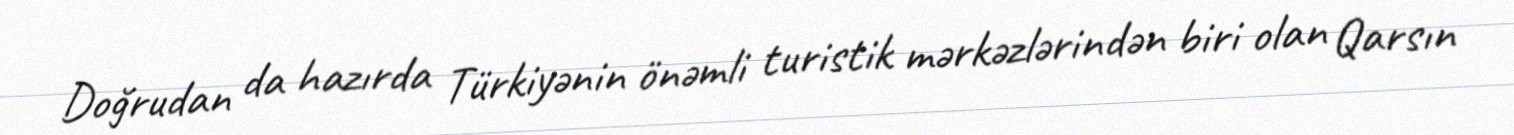
Doğrudan da hazırda Türkiyənin önəmli turistik mərkəzlərindən biri olan Qarsın